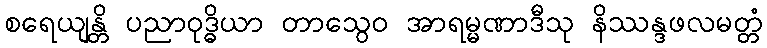
စရေယျန္တိ ပညာဝုဒ္ဓိယာ တာသွေဝ အာရမ္မဏာဒီသု နိဿန္ဒဖလမတ္တံ